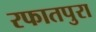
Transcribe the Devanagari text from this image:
रफातपुरा